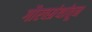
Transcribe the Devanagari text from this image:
गौरवग्रंथांतून